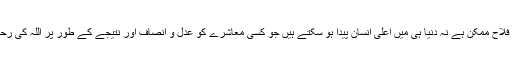
نہ ان کے بغیر آخرت کی فلاح ممکن ہے نہ دنیا ہی میں اعلیٰ انسان پیدا ہو سکتے ہیں جو کسی معاشرے کو عدل و انصاف اور نتیجے کے طور پر اللہ کی رحمتوں سے بھر دیتے ہیں ۔